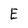
Character: E